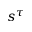
s ^ { \tau }